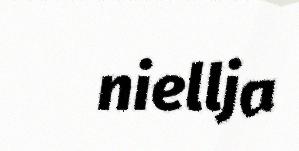
niellja